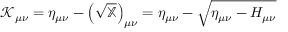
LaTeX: \displaystyle { \mathcal { K } } _ { \mu \nu } = \eta _ { \mu \nu } - \left( { \sqrt { \mathbb { X } } } \right) _ { \mu \nu } = \eta _ { \mu \nu } - { \sqrt { \eta _ { \mu \nu } - H _ { \mu \nu } } }